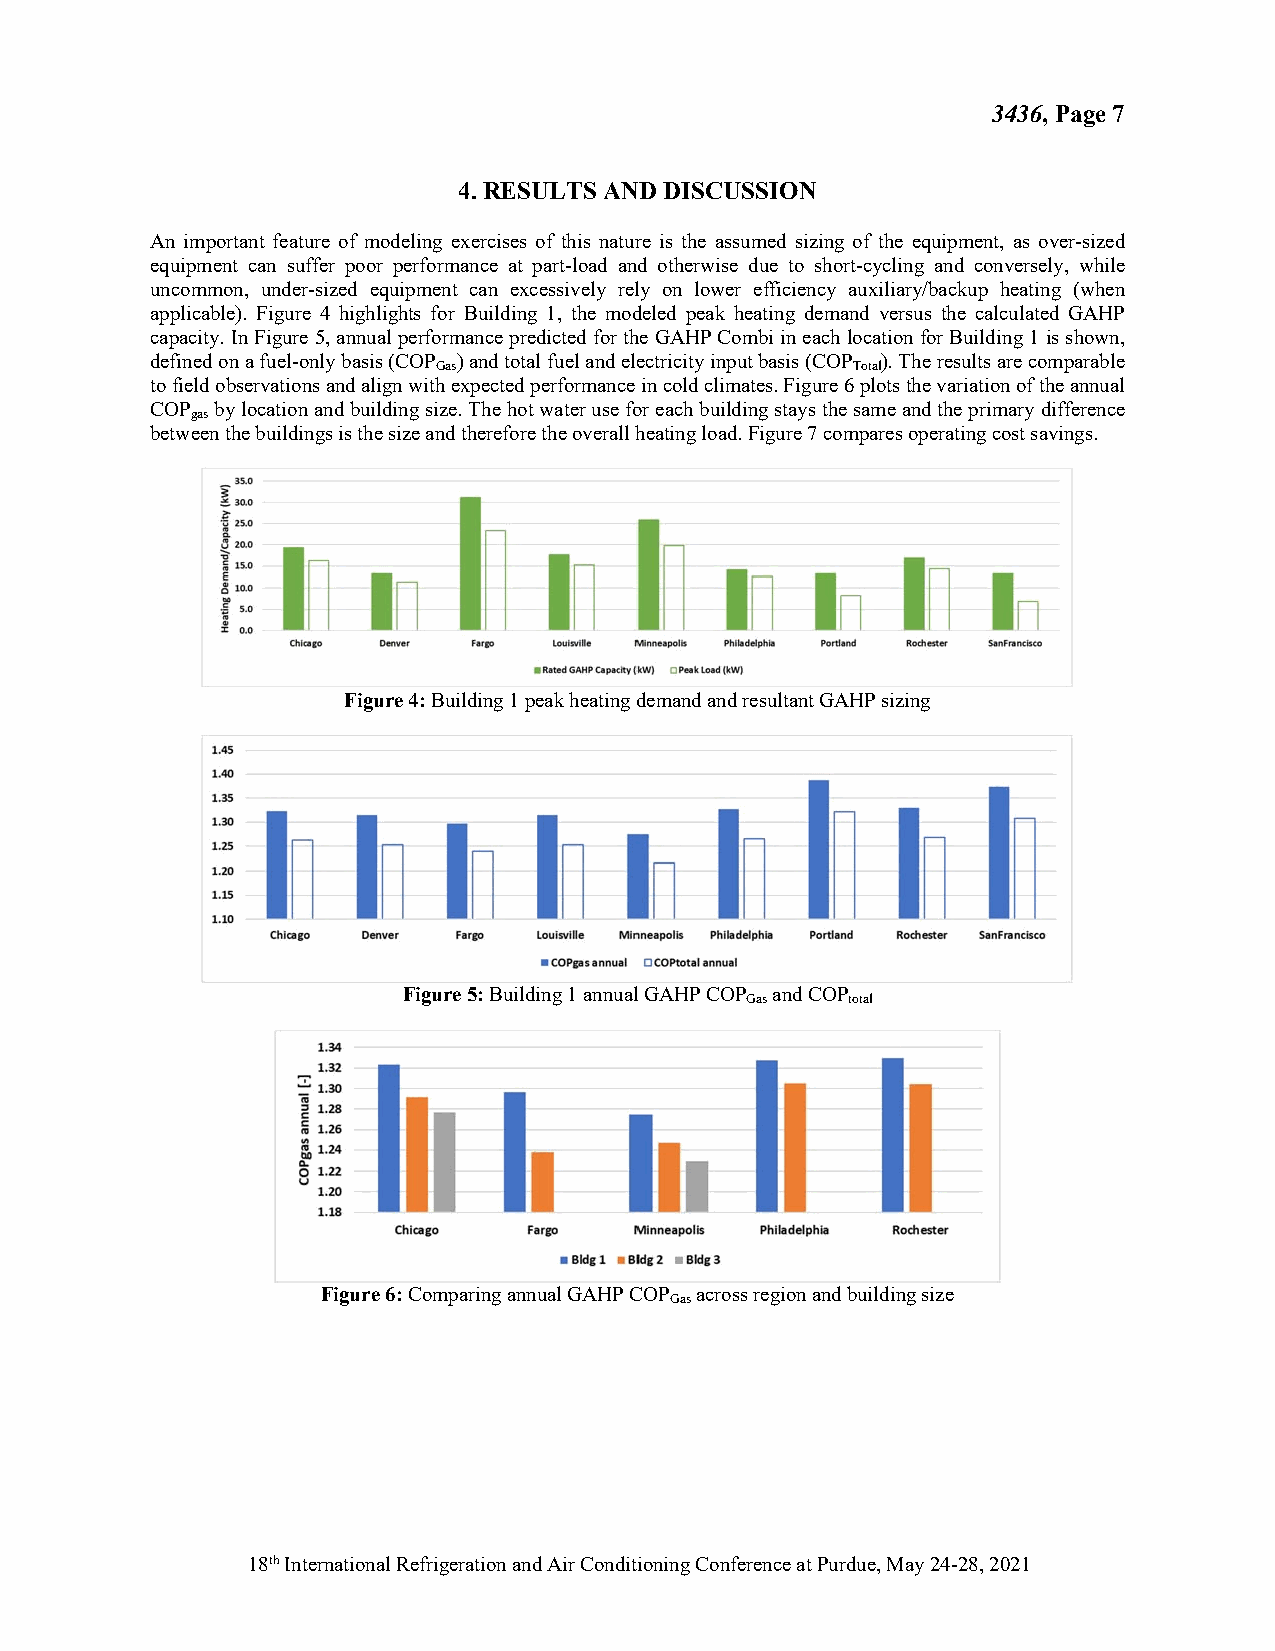
3436, Page 7
 4. RESULTS AND DISCUSSION
 An important feature of modeling exercises of this nature is the assumed sizing of the equipment, as over-sized
 equipment can suffer poor performance at part-load and otherwise due to short-cycling and conversely, while
 uncommon, under-sized equipment can excessively rely on lower efficiency auxiliary/backup heating (when
 applicable). Figure 4 highlights for Building 1, the modeled peak heating demand versus the calculated GAHP
 capacity. In Figure 5, annual performance predicted for the GAHP Combi in each location for Building 1 is shown,
 defined on a fuel-only basis (COP ) and total fuel and electricity input basis (COP ). The results are comparable
 Gas                        Total
 to field observations and align with expected performance in cold climates. Figure 6 plots the variation of the annual
 COP by location and building size. The hot water use for each building stays the same and the primary difference
 gas
 between the buildings is the size and therefore the overall heating load. Figure 7 compares operating cost savings.
 i::
 ~                          I~
 In           ~   In                      In
 rn        In                     In    In          In
 Chleaao Denver FUIO LoufSVille Minneapolis. Philt,delphla Portl•Nf Rod-leste t SanFrands(O
 ■ Rated GAHP Capadty (kW) C PN1t load (kW)
 Figure 4: Building 1 peak heating demand and resultant GAHP sizing
 1.45
 1.40
 1.35
 ~i
 In    In   In    In    In    In      ~   In      ~
 Chica co Denver Fareo Louisville Minneapolis Philadelphia Portland Rochester Sanfranclsco
 ■COPpsannual □COPtotal annual
 Figure 5: Building 1 annual GAHP COP and COP
 Gas    total
 1.34
 1.32  I
 ..:. 1.30    11      11
 ; 1.26
 5,
 1.24
 ~~1 .12.2S2
 u
 1.20
 1.18
 Chicago  Fargo  Minneapolis Philadelphia Rom ester
 • Bide 1 • Bide 2 • Bide 3
 Figure 6: Comparing annual GAHP COP across region and building size
 Gas
 18th International Refrigeration and Air Conditioning Conference at Purdue, May 24-28, 2021